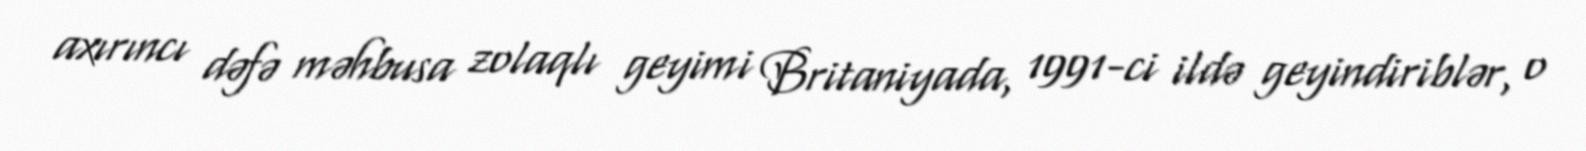
axırıncı dəfə məhbusa zolaqlı geyimi Britaniyada, 1991-ci ildə geyindiriblər, o